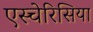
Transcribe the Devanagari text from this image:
एस्चेरिसिया